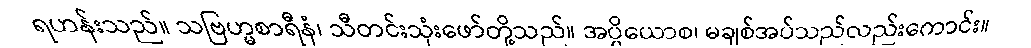
ရဟန်းသည်။ သဗြဟ္မစာရီနံ၊ သီတင်းသုံးဖော်တို့သည်။ အပ္ပိယောစ၊ မချစ်အပ်သည်လည်းကောင်း။